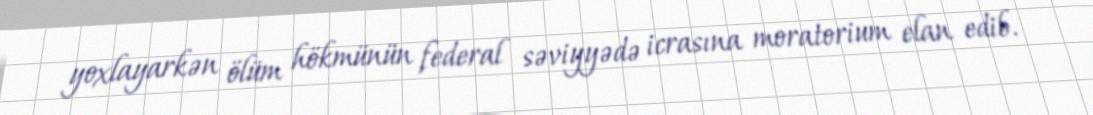
yoxlayarkən ölüm hökmünün federal səviyyədə icrasına moratorium elan edib.